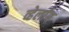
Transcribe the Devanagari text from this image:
व्हेर्लाग